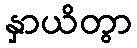
နှာယိတွာ